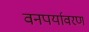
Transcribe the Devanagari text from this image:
वनपर्यावरण